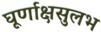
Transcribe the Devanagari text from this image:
घूर्णाक्षसुलभ